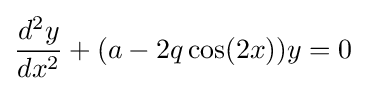
{\frac {d^{2}y}{dx^{2}}}+(a-2q\cos(2x))y=0